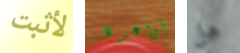
لأثبت أواعده هل